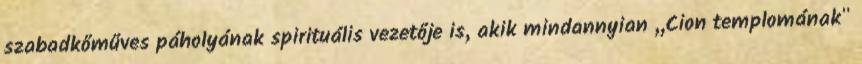
szabadkőműves páholyának spirituális vezetője is, akik mindannyian ,,Cion templomának"